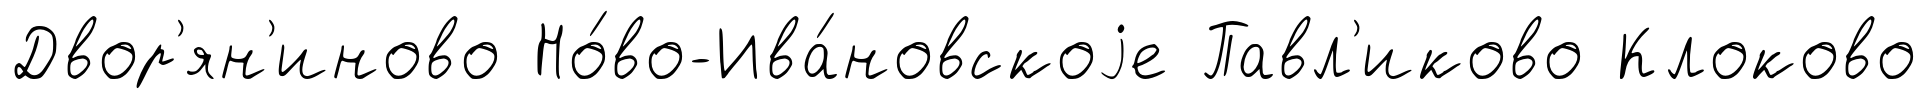
Двор'ян'иново Но́во-Ива́новскоjе Павл'иково Клоково